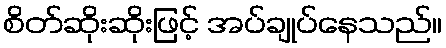
စိတ်ဆိုးဆိုးဖြင့် အပ်ချုပ်နေသည်။